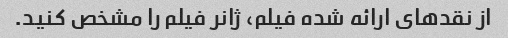
از نقدهای ارائه شده فیلم، ژانر فیلم را مشخص کنید.